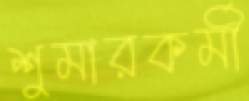
শুমারকর্মী